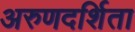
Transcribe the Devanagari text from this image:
अरुणदर्शिता